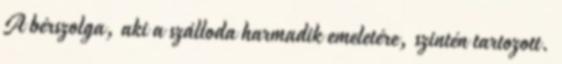
A bérszolga, aki a szálloda harmadik emeletére, szintén tartozott.